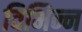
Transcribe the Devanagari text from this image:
विभिन्न